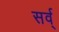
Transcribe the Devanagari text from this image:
सर्व्